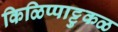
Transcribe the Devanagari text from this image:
किळिप्पाट्टुकळ